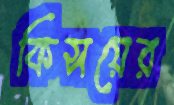
কিসয়ের